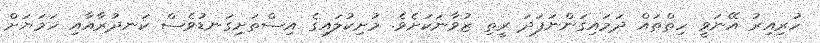
ހުރިއިރު އޭނަވީ ހިތްތައް ދަމައިގަންނަފަދަ ރީތި ޒުވާނަކަށެވެ. މުށިކުލައިގެ އިސްތަށިގަނޑުވެސް ކަނދުރާއާއި ހަމަޔަށް